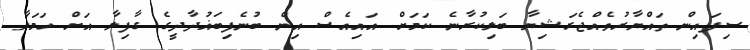
ސިފައިން ތައްޔާރުވެއްޖެރަޝިޔާ ބަލިކުރާނެ ކަމަށް އައިއެސް އިން ބުނެފިބަޣުދާދީގެ ގާފިލާ އަށް ހަމަލާ